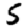
Digit: 5